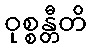
ဝုစ္စန္တီတိ